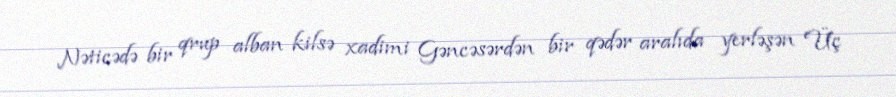
Nəticədə bir qrup alban kilsə xadimi Gəncəsərdən bir qədər aralıda yerləşən Üç